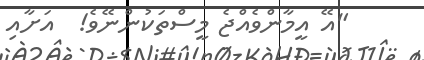
"އޭ އީމާންވެއްޖެ މީސްތަކުންނޭވެ!  އަށާއި